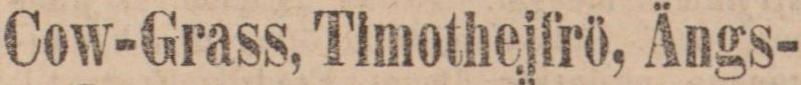
Cow-Grass, Timothejfrö, Ängs-